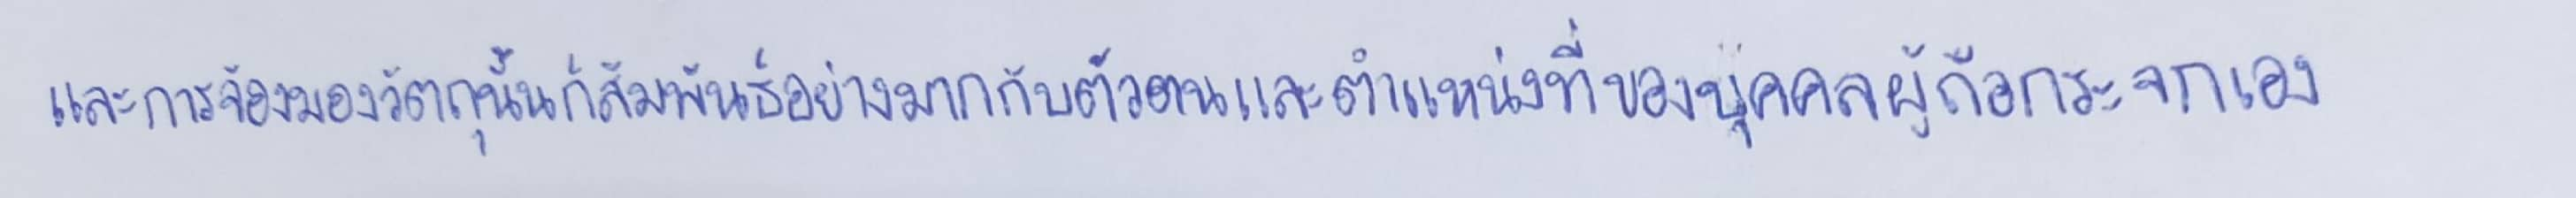
และการจ้องมองวัตถุนั้นก็สัมพันธ์อย่างมากกับตัวตนและตำแหน่งแห่งที่ของบุคคลผู้ถือกระจกเอง